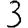
Digit: 3